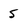
Character: 5